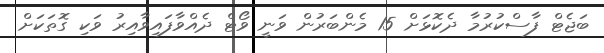
ބަޖެޓް ފާސްކުރުމާ ދެކޮޅަށް 15 މެންބަރުން ވަނީ ވޯޓް ދެއްވާފައިވާއިރު ވަކި ގޮތަކަށް